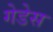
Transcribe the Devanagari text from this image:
गेडेस